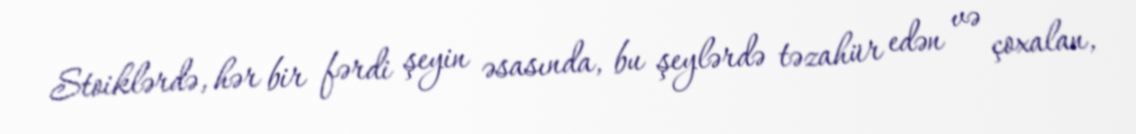
Stoiklərdə, hər bir fərdi şeyin əsasında, bu şeylərdə təzahür edən və çoxalan,